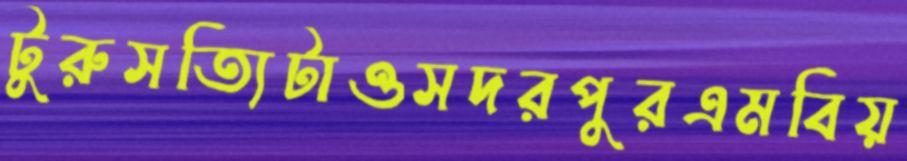
টুরুসত্যিটাওসদরপুরএমবিয়